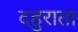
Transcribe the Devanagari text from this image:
दहुराता